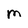
Character: M